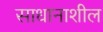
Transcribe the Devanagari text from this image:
साधानाशील